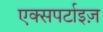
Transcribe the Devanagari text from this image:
एक्सपर्टाइज़